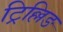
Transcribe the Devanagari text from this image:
ट्रिल्लिङ